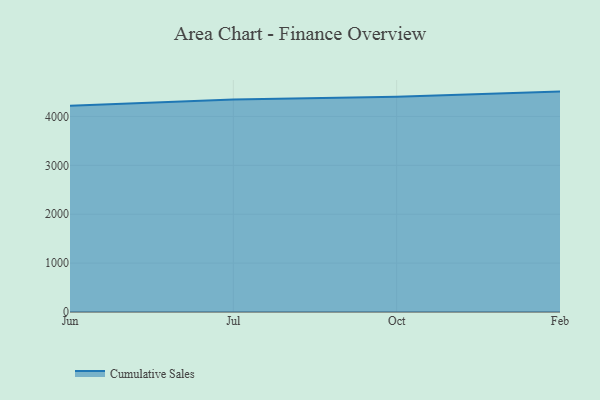
{"axis": {"x": "Month", "y": "Backlog"}, "legend": ["Cumulative Sales"], "data": [{"x": "Jun", "y": 4219.7, "type": "Cumulative Sales"}, {"x": "Jul", "y": 4347.2, "type": "Cumulative Sales"}, {"x": "Oct", "y": 4403.0, "type": "Cumulative Sales"}, {"x": "Feb", "y": 4508.5, "type": "Cumulative Sales"}]}